Bombay plague: being a history of the progress of plague in the Bombay presidency from September 1896 to June 1899
Year: 1896
Disease focus: Plague
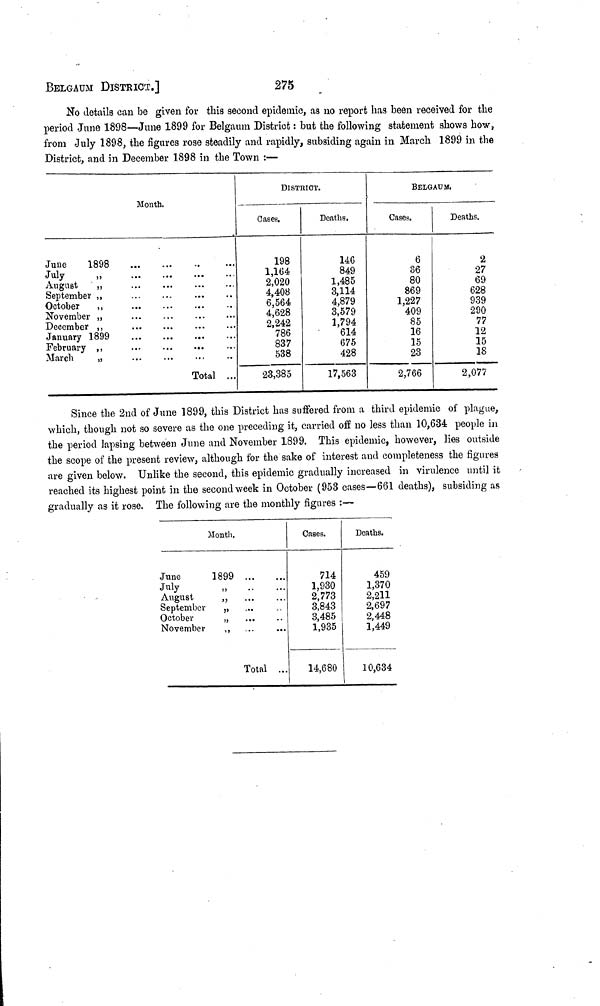
275
BLGAUM DISTRICT.]
No details can be given for this second epidemic, as no report has been received for the
period June 1898—June 1899 for Belgamn District : but the following statement shows how,
from July 1898, the figures rose steadily and rapidly, subsiding again in March 1899 in the
District, and in December 1898 in the Town :—
Month.
June
1898
July
August
September
October
November
December
January 1899
February
March
...
...
...
Total
...
...
DISTRICT.
—
Gases.
198
1,164
2,020
4,408
6,564
4,628
2,242
786
837
538
23,385
Deaths.
146
849
1,485
3,114
4,879
3,579
1,794
614
675
428
17,563
BELGAUM,
Cases.
6
36
80
869
1,227
409
85
16
15
23
2,766
Deaths.
2
27
69
628
939
290
77
12
15
18
2,077
Since the 2nd of June 1899, this District has suffered from a third epidemic of plague,
which, though not so severe as the one preceding it, carried off no less than 10,634 people in
the period lapsing between June and November 1899. This epidemic, however, lies outside
the scope of the present review, although for the sake of interest and completeness the figures
are given below. Unlike the second, this epidemic gradually increased in virulence until it
reached its highest point in the second week in October (953 cases—661 deaths), subsiding as
gradually as it rose. The following are the monthly figures :—
Month.
June
July
August
September
October
November
1899
„
„
,,
,,
„
...
...
...
...
...
...
...
...
Total ...
Cases.
714
1,930
2,773
3,843
3,485
1,935
14,680
Deaths.
459
1,370
2,211
2,697
2,448
1,449
10,634